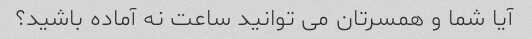
آیا شما و همسرتان می توانید ساعت نه آماده باشید؟